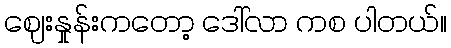
ဈေးနှုန်းကတော့ ဒေါ်လာ ကစ ပါတယ်။